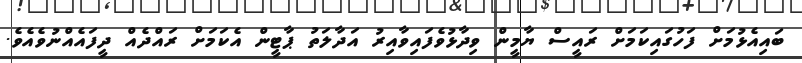
ބައިއެޅުމަށް ފަހުގައިކަމަށް ރައީސް ޔާމީން ވިދާޅުވެފައިވާއިރު އަދާލަތު ޕާޓީން އެކަމަށް ރައްދެއް ދީފައެއްނުވެއެވެ.